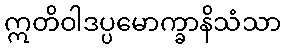
ဣတိဝါဒပ္ပမောက္ခာနိသံသာ